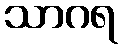
သာဂရ